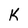
Character: K